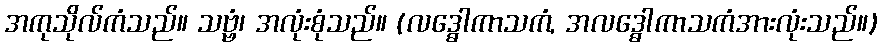
အကုသိုလ်ကံသည်။ သဗ္ဗံ၊ အလုံးစုံသည်။ (လဒ္ဓေါကာသကံ, အလဒ္ဓေါကာသကံအားလုံးသည်။)